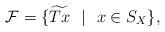
LaTeX: \begin{align*}\mathcal{F} = \{\widetilde{Tx}~~|~~ x \in S_{X}\},\end{align*}